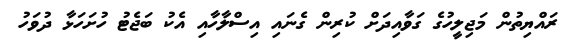
ރައްޔިތުން މަޖިލީހުގެ ގަވާއިދަށް ކުރިން ގެނައި އިސްލާހާއި އެކު ބަޖެޓު ހުށަހަޅާ ދުވަހު